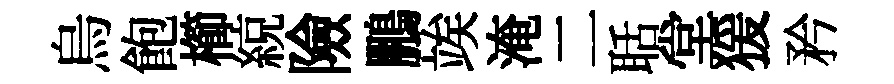
烏飽櫛綂險鵬竢淹二聒堂猨矜